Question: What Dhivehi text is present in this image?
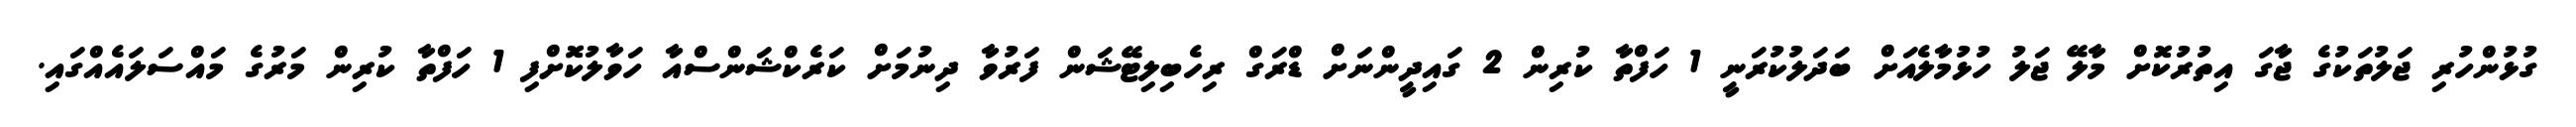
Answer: ގުޅުންހުރި ޖަލުތަކުގެ ޖާގަ އިތުރުކޮށް މާލޭ ޖަލު ހުޅުމާލެއަށް ބަދަލުކުރަނީ 1 ހަފްތާ ކުރިން 2 ގައިދީންނަށް ޑްރަގް ރިހެބިލިޓޭޝަން ފަރުވާ ދިނުމަށް ކަރެކްޝަންސްއާ ހަވާލުކޮށްފި 1 ހަފްތާ ކުރިން މަރުގެ މައްސަލައެއްގައި.